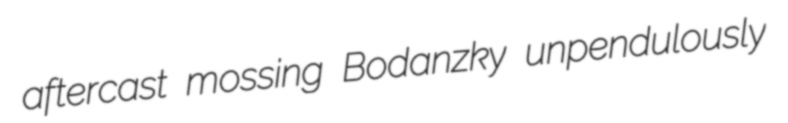
aftercast mossing Bodanzky unpendulously